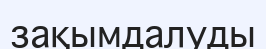
зақымдалуды